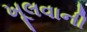
ખૂલવાની